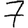
Digit: 7